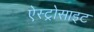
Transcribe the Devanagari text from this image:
ऐस्ट्रोसाइट